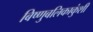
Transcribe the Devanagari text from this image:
बिष्णुबलिकाकुंशी